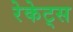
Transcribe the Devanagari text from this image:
रेकेट्स